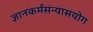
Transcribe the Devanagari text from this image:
ज्ञानकर्मसंन्यासयोग